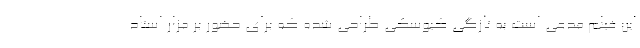
این فیلم مدعی است به تازگی کیوسکی طراحی شده که برای حضور بر مزار استاد